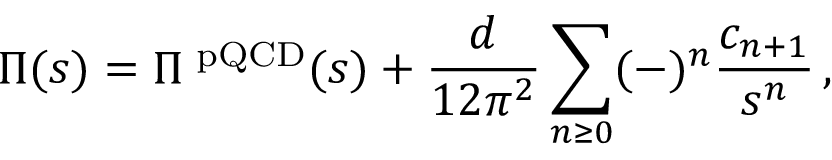
\Pi ( s ) = \Pi ^ { \mathrm { \scriptsize ~ p Q C D } } ( s ) + \frac { d } { 1 2 \pi ^ { 2 } } \sum _ { n \geq 0 } ( - ) ^ { n } \frac { c _ { n + 1 } } { s ^ { n } } \, ,